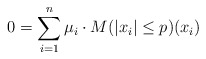
\begin{align*}0= \sum_{i = 1}^n \mu_i \cdot M(|x_i| \leq p)(x_i)\end{align*}